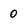
Character: 0